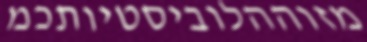
מזוההלוביסטיותכמ